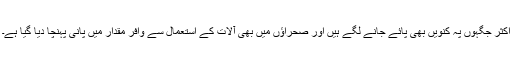
اکثر جگہوں پہ کنویں بھی پائے جانے لگے ہیں اور صحراؤں میں بھی آلات کے استعمال سے وافر مقدار میں پانی پہنچا دیا گیا ہے۔